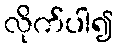
လိုက်ပါ၍